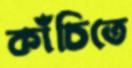
কাঁচিতে